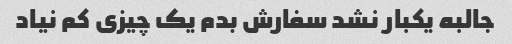
جالبه یکبار نشد سفارش بدم یک چیزی کم نیاد